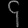
Digit: ၄